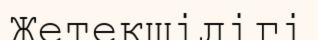
Жетекшілігі